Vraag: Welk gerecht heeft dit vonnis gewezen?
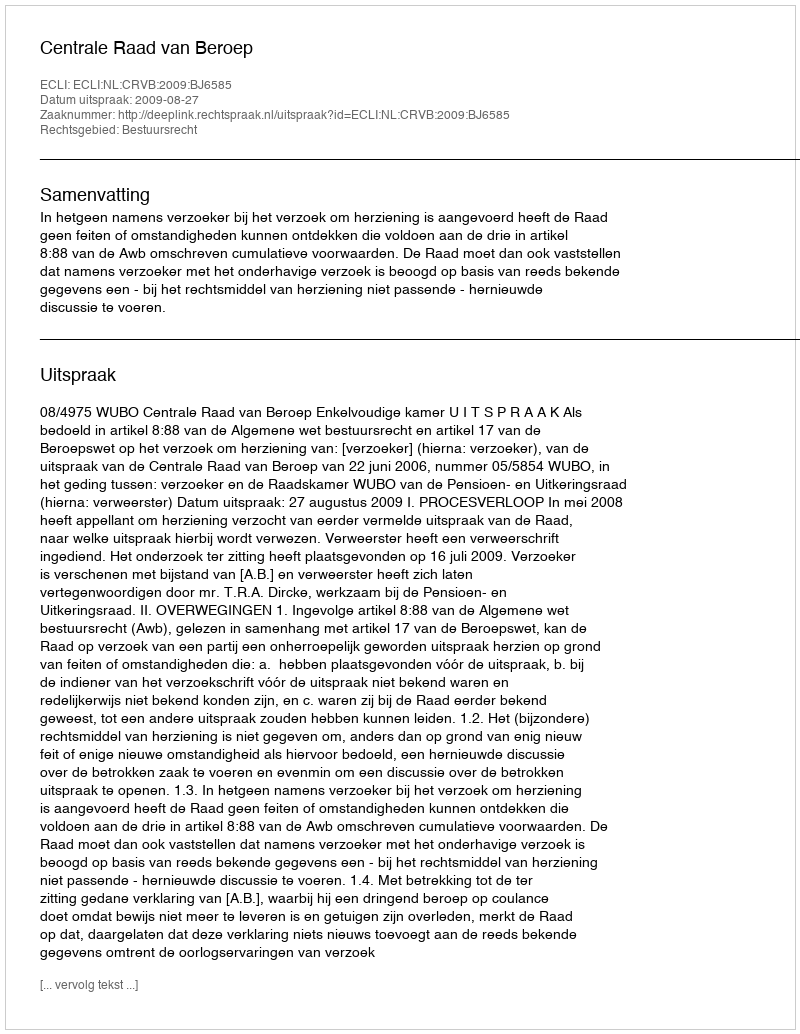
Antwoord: Centrale Raad van Beroep